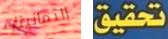
الثمانينات تحقيق